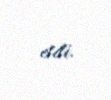
etdi.